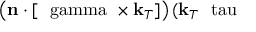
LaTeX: \left( \mathbf { n } \cdot \lbrack \mathbf { { \mathrm { \boldmath ~ \ g a m m a ~ } } } \times \mathbf { k } _ { T } ] \right) ( \mathbf { k } _ { T } \mathbf { { \mathrm { \boldmath ~ \ t a u ~ } } }